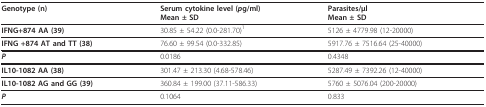
<table><thead><tr><td><b>Genotype (n)</b></td><td><b>Serum cytokine level (<i>p</i>g/ml)Mean ± SD</b></td><td><b>Parasites/μlMean ± SD</b></td></tr></thead><tbody><tr><td><b>IFNG+874 AA (39)</b></td><td>30.85 ± 54.22 (0.0-281.70)<sup>1</sup></td><td>5126 ± 4779.98 (12-20000)</td></tr><tr><td><b>IFNG +874 AT and TT (38)</b></td><td>76.60 ± 99.54 (0.0-332.85)</td><td>5917.76 ± 7516.64 (25-40000)</td></tr><tr><td><b><i>P</i></b></td><td>0.0186</td><td>0.4348</td></tr><tr><td><b>IL10-1082 AA (38)</b></td><td>301.47 ± 213.30 (4.68-578.46)</td><td>5287.49 ± 7392.26 (12-40000)</td></tr><tr><td><b>IL10-1082 AG and GG (39)</b></td><td>360.84 ± 199.00 (37.11-586.33)</td><td>5760 ± 5076.04 (200-20000)</td></tr><tr><td><b><i>P</i></b></td><td>0.1064</td><td>0.833</td></tr></tbody></table>